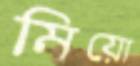
মিয়ো